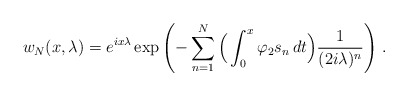
\begin{align*}w_N(x,\lambda)=e^{i x\lambda}\exp\left(-\sum_{n=1}^N\Big(\int_0^x\varphi_2s_n\,dt\Big)\frac{1}{(2i\lambda)^n}\right)\,.\end{align*}